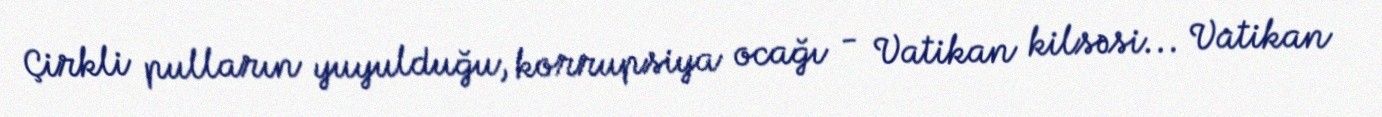
Çirkli pulların yuyulduğu, korrupsiya ocağı - Vatikan kilsəsi... Vatikan